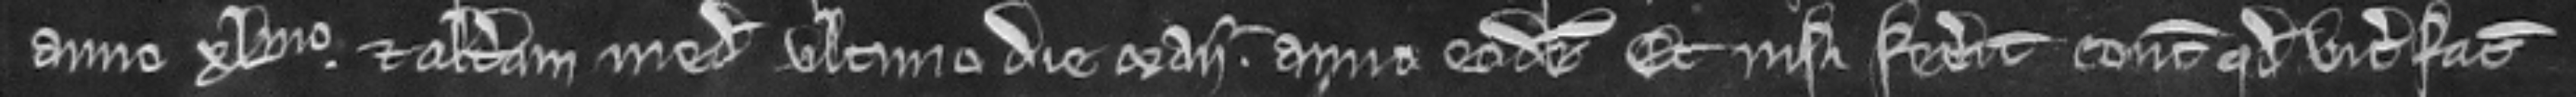
anno xo et alteram meditatem ultimo die Maii anno eodem. Et nisi fecerit concedit quod vicecomes faciat